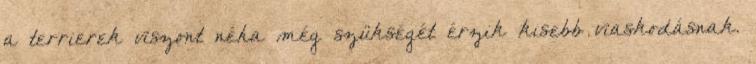
a terrierek viszont néha még szükségét érzik kisebb viaskodásnak.